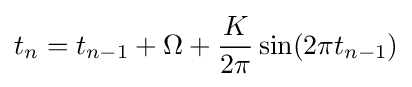
t_{n}=t_{n-1}+\Omega +{\frac {K}{2\pi }}\sin(2\pi t_{n-1})